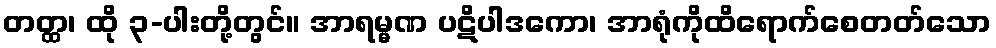
တတ္ထ၊ ထို ၃-ပါးတို့တွင်။ အာရမ္မဏ ပဋိပါဒကော၊ အာရုံကိုထိရောက်စေတတ်သော